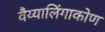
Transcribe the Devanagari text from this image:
वैय्यालिंगाकोण